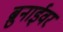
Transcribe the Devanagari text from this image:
ब्रुनाईवर